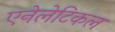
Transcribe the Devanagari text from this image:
एनेलेटिकल